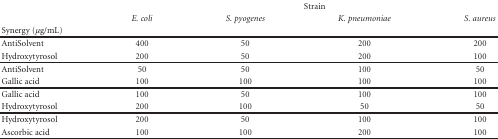
|  | <COLSPAN=4> Strain |
 |  | E. coli | S. pyogenes | K. pneumoniae | S. aureus |
 | Synergy (μg/mL) |  |  |  |  |
 | --- | --- | --- | --- | --- |
 | AntiSolvent | 400 | 50 | 200 | 200 |
 | Hydroxytyrosol | 200 | 50 | 200 | 100 |
 | AntiSolvent | 50 | 50 | 100 | 50 |
 | Gallic acid | 100 | 100 | 100 | 100 |
 | Gallic acid | 100 | 50 | 100 | 100 |
 | Hydroxytyrosol | 200 | 100 | 50 | 50 |
 | Hydroxytyrosol | 200 | 50 | 100 | 100 |
 | Ascorbic acid | 100 | 100 | 200 | 100 |